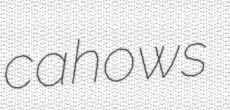
cahows